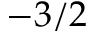
- 3 / 2